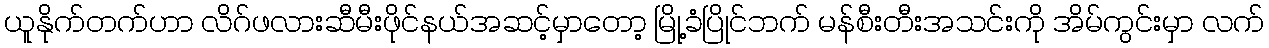
ယူနိုက်တက်ဟာ လိဂ်ဖလားဆီမီးဖိုင်နယ်အဆင့်မှာတော့ မြို့ခံပြိုင်ဘက် မန်စီးတီးအသင်းကို အိမ်ကွင်းမှာ လက်